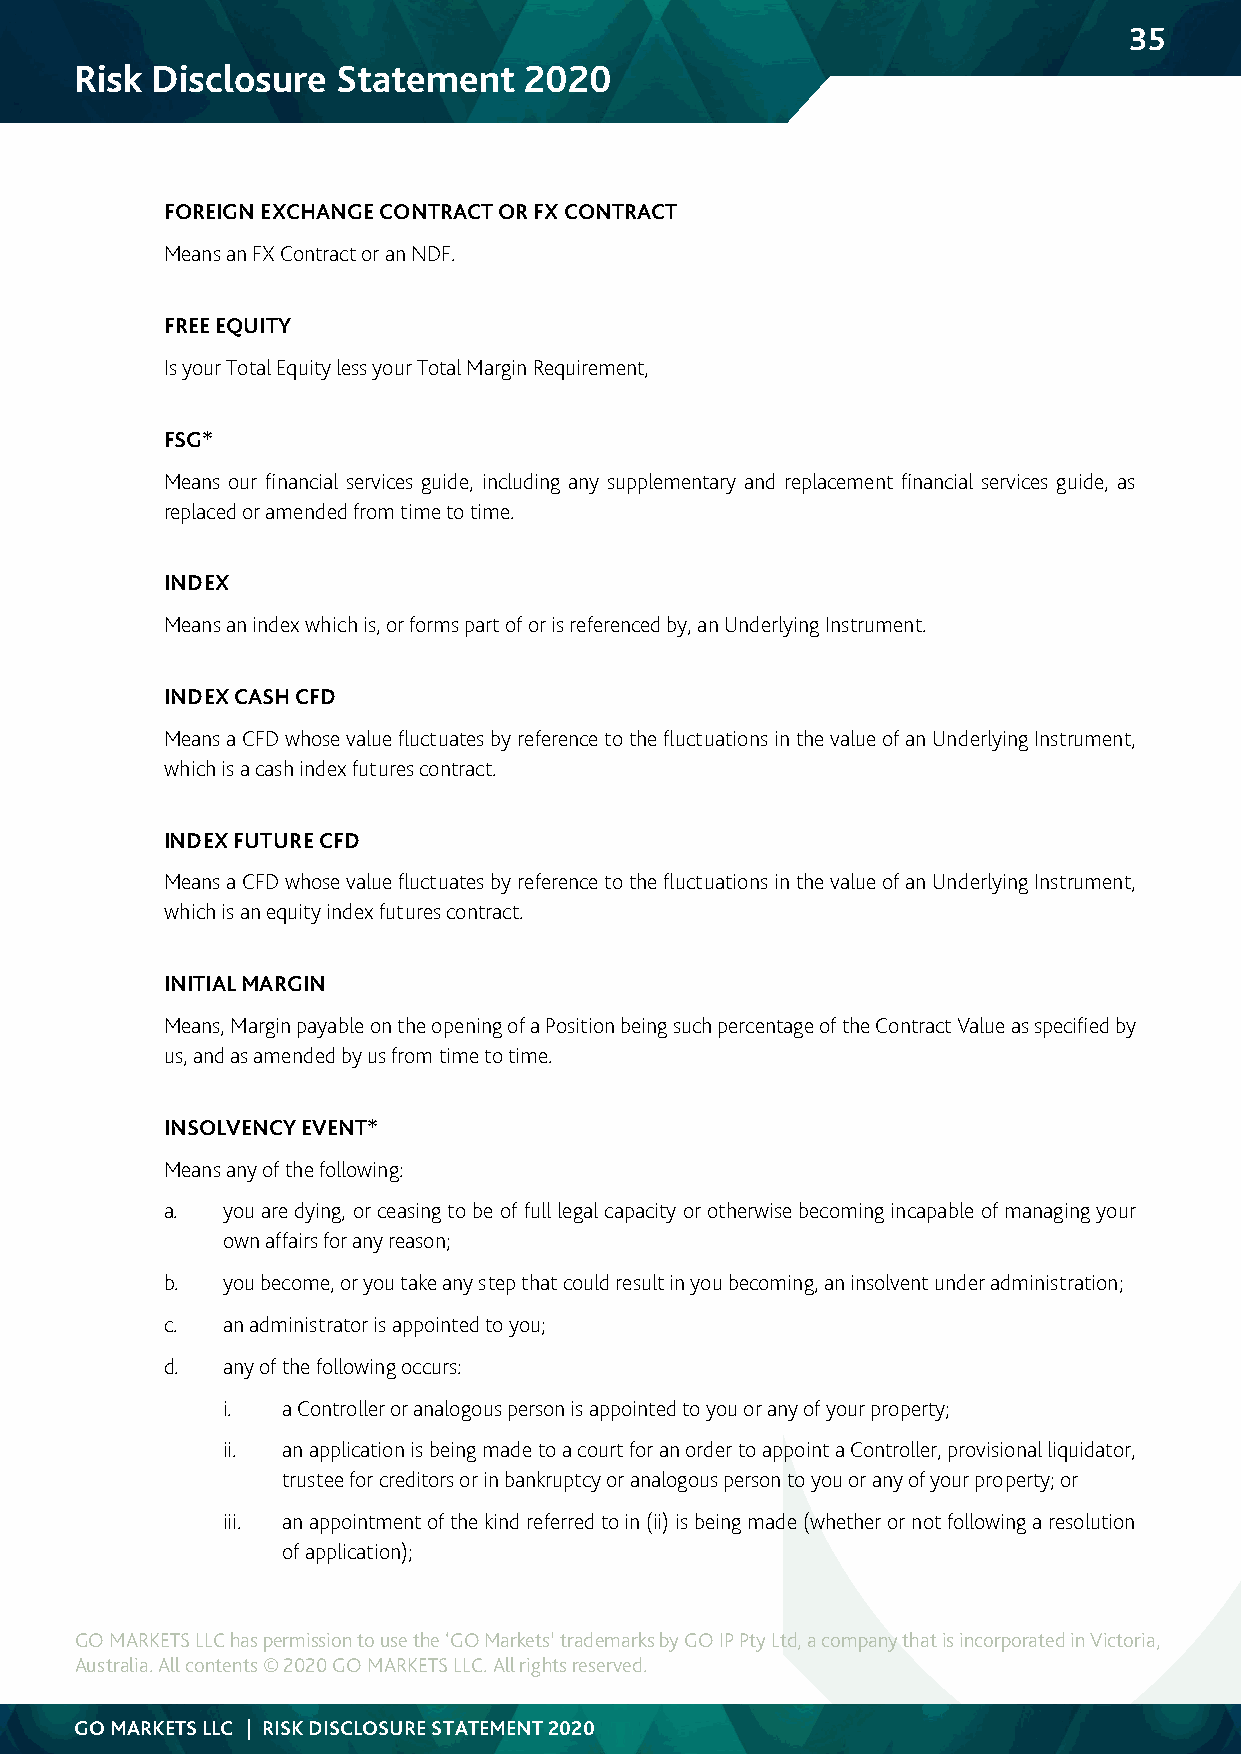
35
 Risk Disclosure  Statement    2020
 FOREIGN EXCHANGE CONTRACT OR FX CONTRACT
 Means an FX Contract or an NDF.
 FREE EQUITY
 Is your Total Equity less your Total Margin Requirement,
 FSG*
 Means our financial services guide, including any supplementary and replacement financial services guide, as
 replaced or amended from time to time.
 INDEX
 Means an index which is, or forms part of or is referenced by, an Underlying Instrument.
 INDEX CASH CFD
 Means a CFD whose value fluctuates by reference to the fluctuations in the value of an Underlying Instrument,
 which is a cash index futures contract.
 INDEX FUTURE CFD
 Means a CFD whose value fluctuates by reference to the fluctuations in the value of an Underlying Instrument,
 which is an equity index futures contract.
 INITIAL MARGIN
 Means, Margin payable on the opening of a Position being such percentage of the Contract Value as specified by
 us, and as amended by us from time to time.
 INSOLVENCY EVENT*
 Means any of the following:
 a.  you are dying, or ceasing to be of full legal capacity or otherwise becoming incapable of managing your
 own affairs for any reason;
 b.  you become, or you take any step that could result in you becoming, an insolvent under administration;
 c.  an administrator is appointed to you;
 d.  any of the following occurs:
 i.  a Controller or analogous person is appointed to you or any of your property;
 ii. an application is being made to a court for an order to appoint a Controller, provisional liquidator,
 trustee for creditors or in bankruptcy or analogous person to you or any of your property; or
 iii. an appointment of the kind referred to in (ii) is being made (whether or not following a resolution
 of application);
 GO MARKETS LLC has permission to use the ‘GO Markets’ trademarks by GO IP Pty Ltd, a company that is incorporated in Victoria,
 Australia. All contents © 2020 GO MARKETS LLC. All rights reserved.
 GO MARKETS LLC | RISK DISCLOSURE STATEMENT 2020